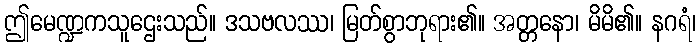
ဤမေဏ္ဍကသူဌေးသည်။ ဒသဗလဿ၊ မြတ်စွာဘုရား၏။ အတ္တနော၊ မိမိ၏။ နဂရံ၊